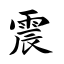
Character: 震